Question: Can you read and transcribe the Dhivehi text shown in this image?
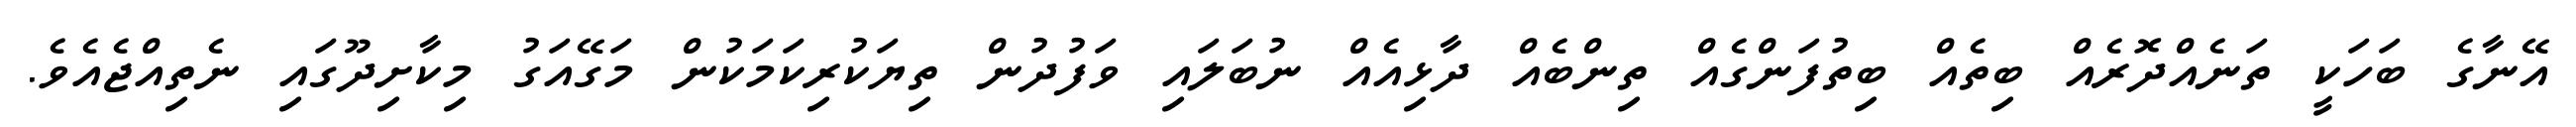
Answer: އޭނާގެ ބަހަކީ ތަނެއްދޮރެއް ބިތެއް ބިތުފަންގެއް ތިންބެއް ދާޅިއެއް ނުބަލައި ވަފުދުން ތިޔަކުރިކަމަކުން މަގޭއަގު މިކާށިދޫގައި ނެތިއްޖެއެވެ.